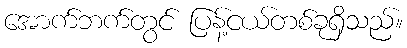
အောက်ဘက်တွင် ပြန့်ငယ်တစ်ခုရှိသည်။